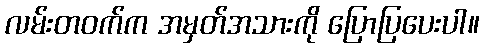
လမ်းတဝက်က အမှတ်အသားကို ပြောပြပေးပါ။